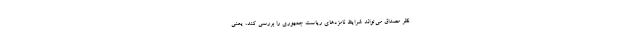
نظر مصداق می‌تواند شرایط نامزدهای ریاست جمهوری را بررسی کند، یعنی